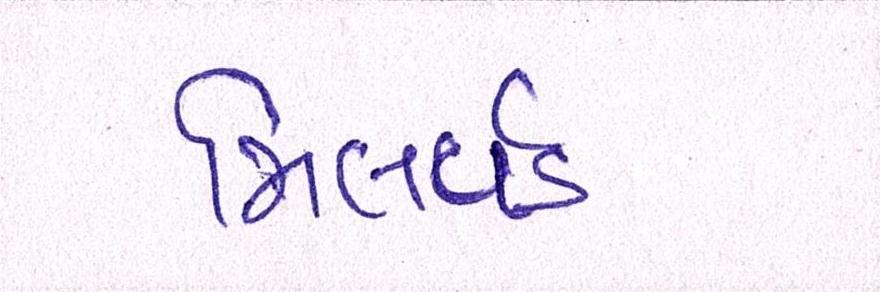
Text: મિલવર્ડ